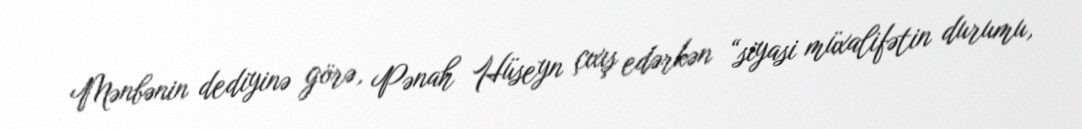
Mənbənin dediyinə görə, Pənah Hüseyn çıxış edərkən “siyasi müxalifətin durumu,